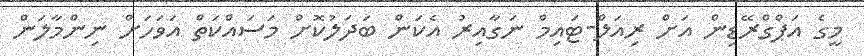
މީގެ އަޕްގްރޭޑިން އަށް ރިއަލް-ޓައިމް ނަގާއިރު އެކަން ބަދަލުކޮށް މަސައްކަތް އަވަހަށް ނިންމާލަން